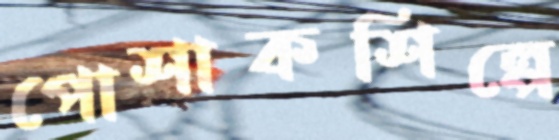
পোশাকশিল্পে